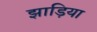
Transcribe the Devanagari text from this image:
झाड़िया